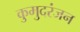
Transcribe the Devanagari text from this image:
कुमुदरंजन